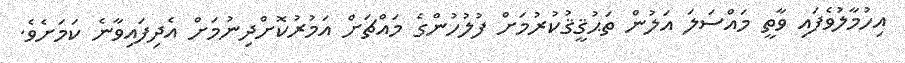
އިހުމާލުވެފައި ވާތީ މައްސަލަ އަލުން ތަޙުޤީޤުކުރުމަށް ފުލުހުންގެ މައްޗަށް އަމުރުކޮށްދިނުމަށް އެދިފައިވާނެ ކަމަށެވެ.